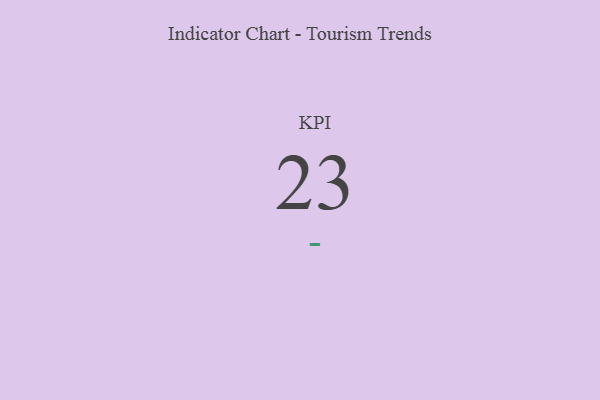
{"axis": {"x": "KPI", "y": "Value"}, "legend": [""], "data": [{"x": "KPI", "y": 23, "type": ""}]}